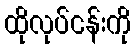
ထိုလုပ်ငန်းကို